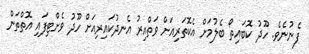
ފެނުނެވެ. ހޫދު ކޮބައިތޯ ބެލުމަށް އެކޮތަރިއަށް ވަތްއިރު އެނދުކައިރިއަށް ހޫދު ވެށްޓިފައި އޮތްތަން